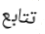
تتابع